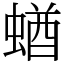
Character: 蝤